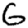
Digit: 6